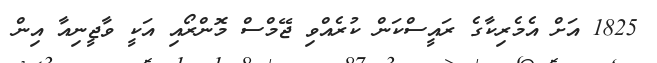
1825 އަށް އެމެރިކާގެ ރައީސްކަން ކުރެއްވި ޖޭމްސް މޮންރޯއި އަކީ ވާޖީނިއާ އިން